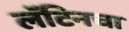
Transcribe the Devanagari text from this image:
लॅटिनचा